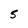
Character: 5